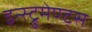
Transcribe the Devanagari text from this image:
इन्स्ट्रुमेण्ट्स